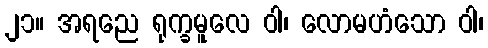
၂၁။ အရညေ ရုက္ခမူလေ ဝါ၊ လောမဟံသော ဝါ၊